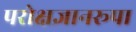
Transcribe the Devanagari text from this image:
परोक्षज्ञानरूपा